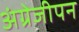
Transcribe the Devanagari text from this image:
अंग्रेजीपन